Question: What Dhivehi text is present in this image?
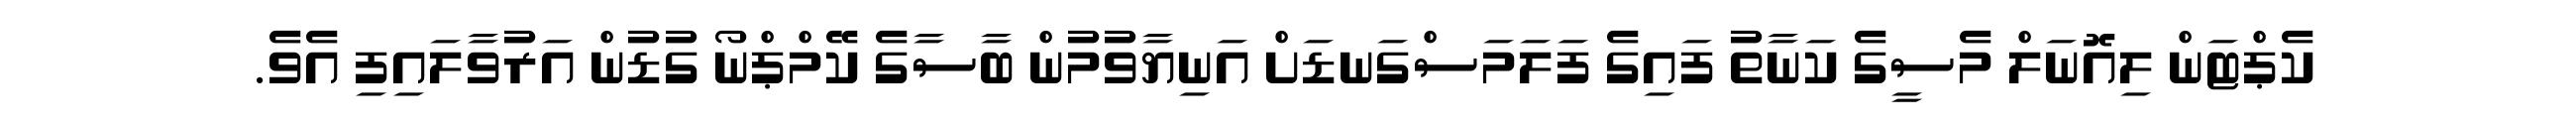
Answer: ކެޕްޓަން ލިއޮނަލް މެސީގެ ކަނާތު ފައިގެ ފަލަމަސްގަނޑަށް އަނިޔާވުމުން ބާސާގެ ކޭމްޕްނޯ ގުޑުން އަރުވާލައިފި އެވެ.